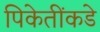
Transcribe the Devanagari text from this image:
पिकेतींकडे